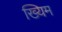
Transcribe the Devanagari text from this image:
ख्यिम